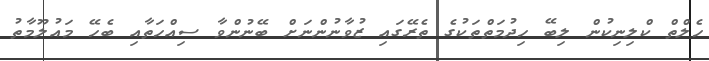
ހެލްތް ކްލިނިކުން ލިބޭ ހިދުމަތްތަކުގެ ތެރޭގައި ޒުވާނުންނަށް ބޭނުންވާ ސިއްހަތާއި ބެހޭ މައުލޫމާތު